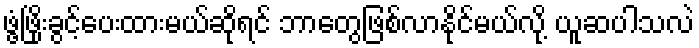
ဖွံ့ဖြိုးခွင့်ပေးထားမယ်ဆိုရင် ဘာတွေဖြစ်လာနိုင်မယ်လို့ ယူဆပါသလဲ